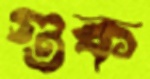
গুক